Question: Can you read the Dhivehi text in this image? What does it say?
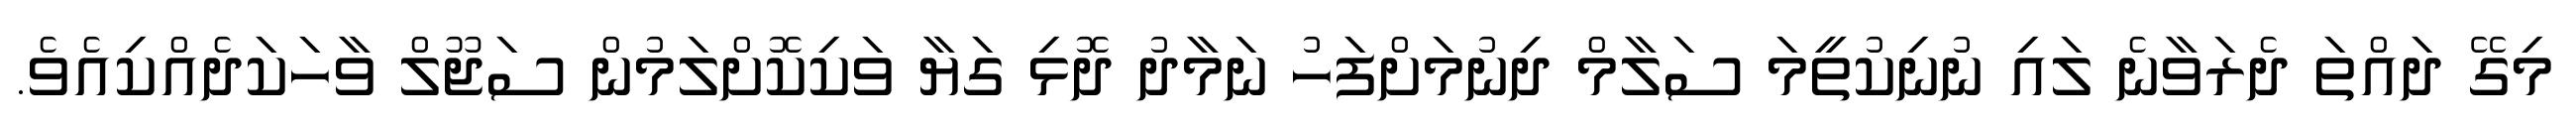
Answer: މިގޭ ދައްތަ ދެރަވާނެ ލައި ނުނިކުތީމަ ސަލާމް ދިނުމަށްފަހު ނަމާދު ދޮޅި ގަޔާ ވަކިކޮށްލަމުން ސަޖޫލް ވާހަކަދެއްކިއެވެ.